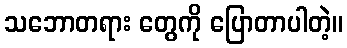
သဘောတရား တွေကို ပြောတာပါတဲ့။